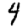
Digit: 4